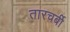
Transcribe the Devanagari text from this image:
तारचर्बी